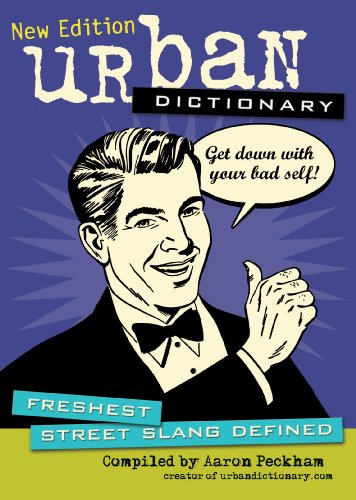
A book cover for Urban Dictionary: Freshest Street Slang Defined; urbandictionary.com; Humor & Entertainment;